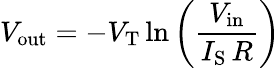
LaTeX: V_{\mathrm{out}}=-V_{\mathrm{T}}\ln\left({\frac{V_{\mathrm{in}}}{I_{\mathrm{S}}\, R}}\right)